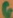
Text: G